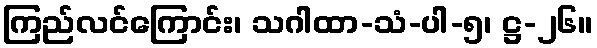
ကြည်လင်ကြောင်း၊ သဂါထာ-သံ-ပါ-၅၊ ဋ္ဌ-၂၆။